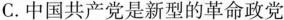
C.中国共产党是新型的革命政党